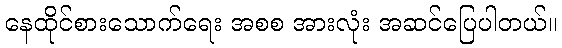
နေထိုင်စားသောက်ရေး အစစ အားလုံး အဆင်ပြေပါတယ်။